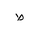
Letter: _da